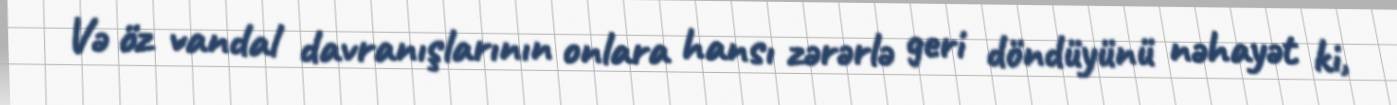
Və öz vandal davranışlarının onlara hansı zərərlə geri döndüyünü nəhayət ki,